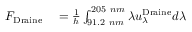
\begin{array} { r l } { F _ { \mathrm { D r a i n e } } } & { { } = \frac { 1 } { h } \int _ { 9 1 . 2 ~ n m } ^ { 2 0 5 ~ n m } \lambda u _ { \lambda } ^ { \mathrm { { D r a i n e } } } d \lambda } \end{array}